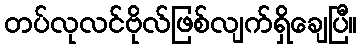
တပ်လုလင်ဗိုလ်ဖြစ်လျက်ရှိချေပြီ။